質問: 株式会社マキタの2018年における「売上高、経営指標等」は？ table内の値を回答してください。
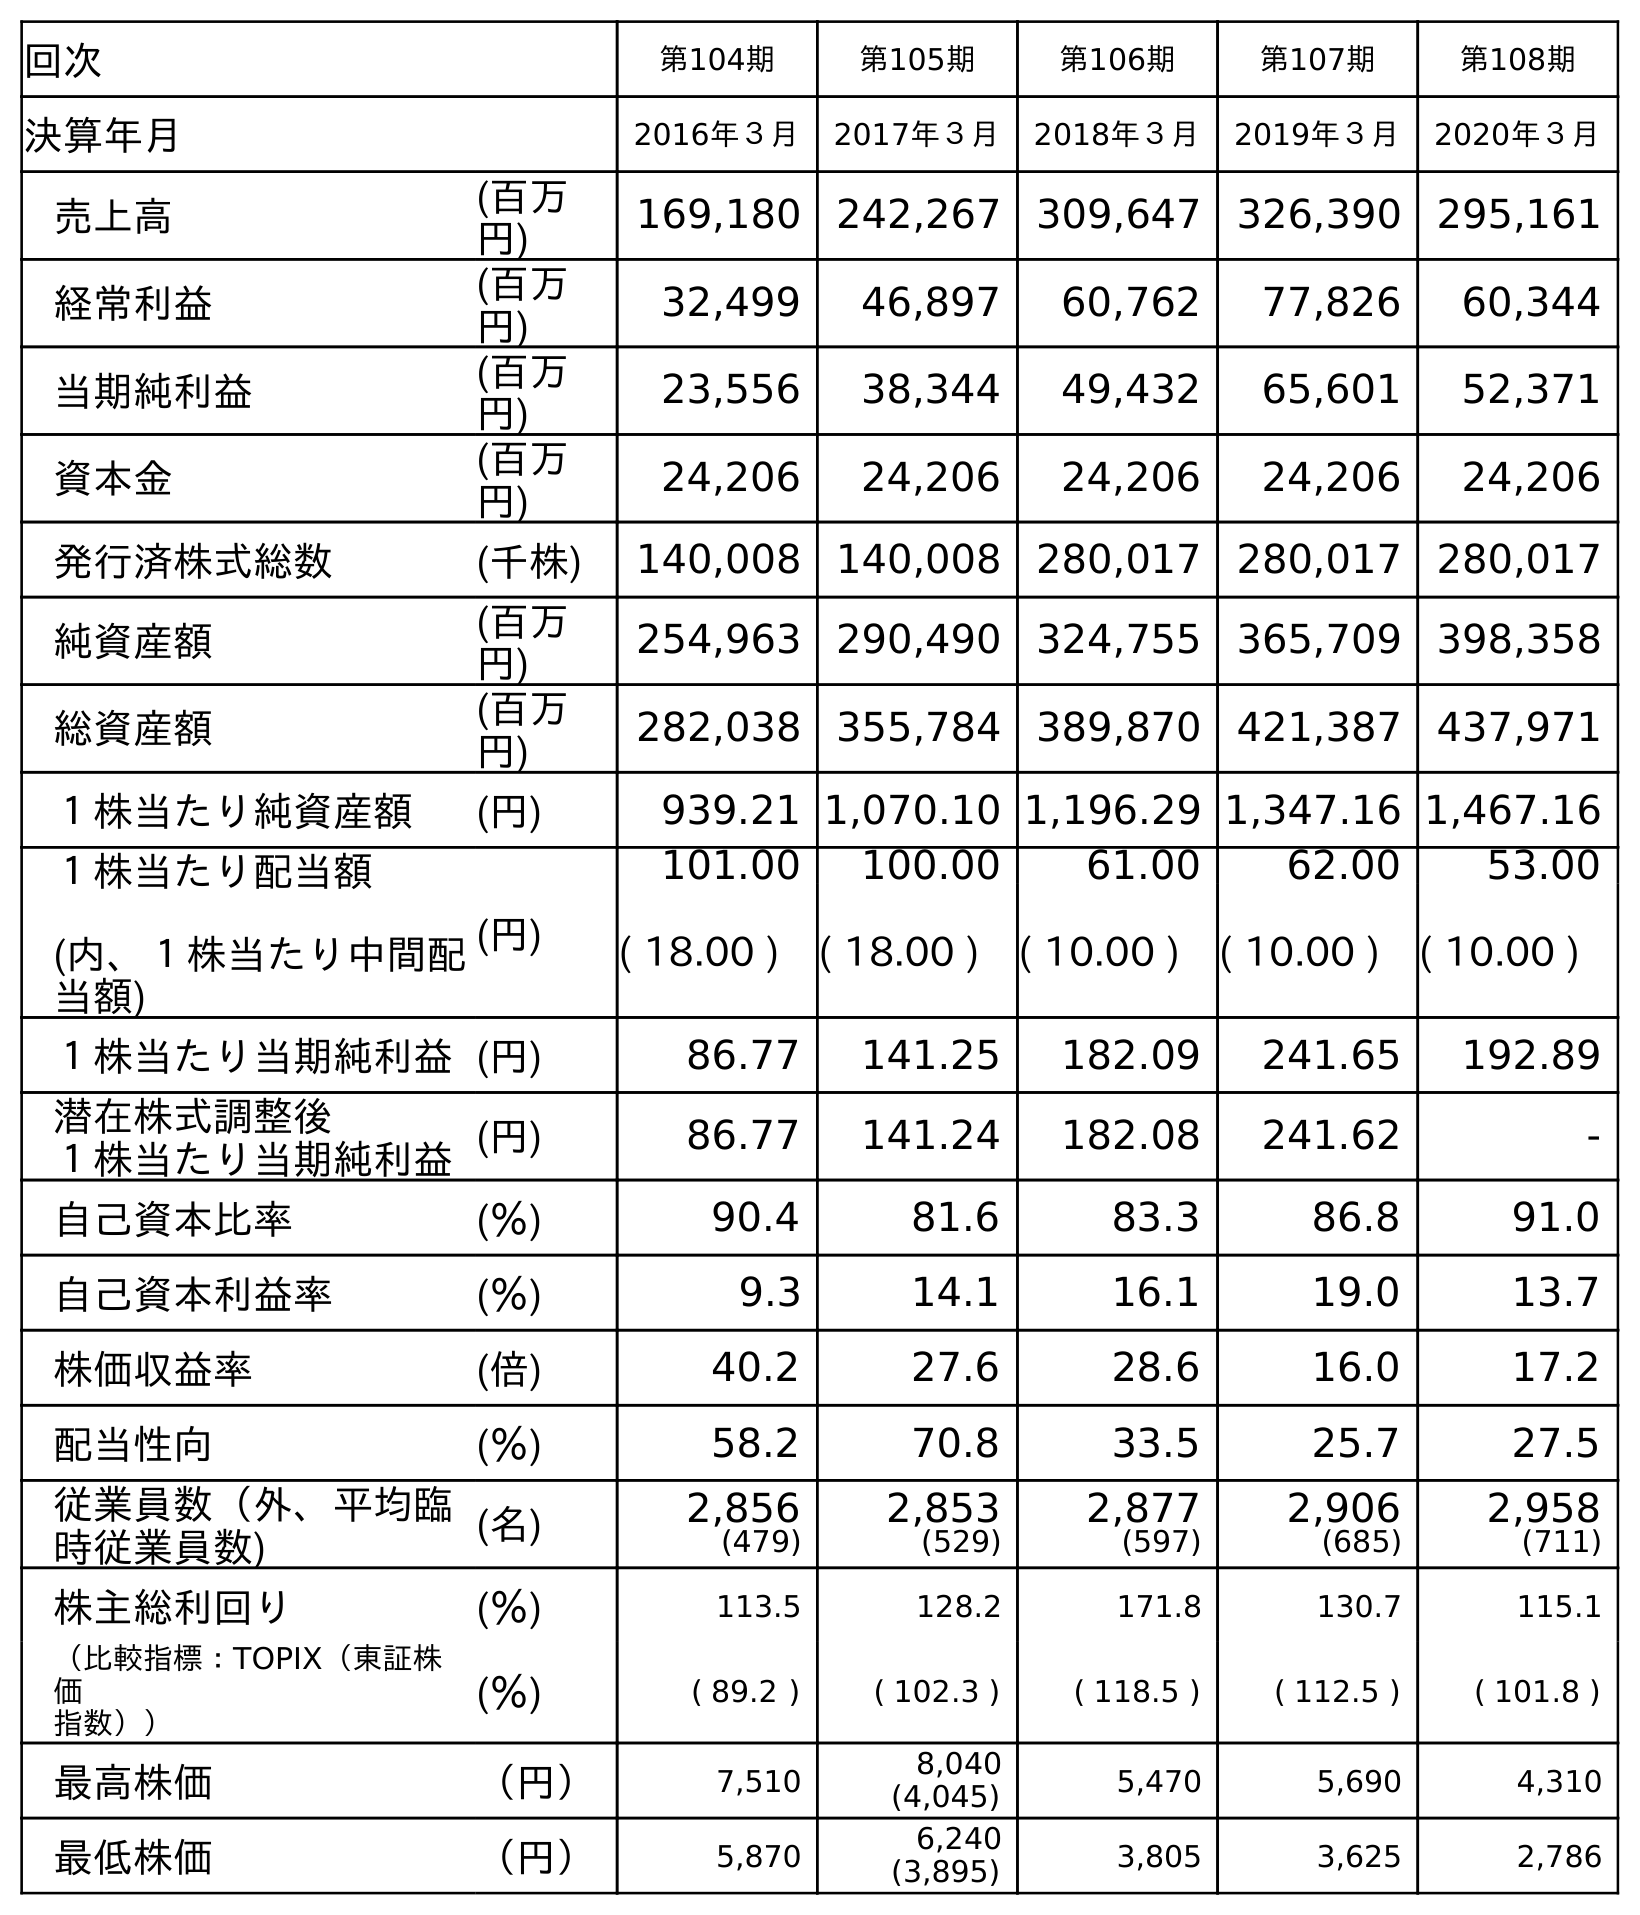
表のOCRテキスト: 回次 第104期 第105期 第106期 第107期 第108期 決算年月 2016年３月 2017年３月 2018年３月 2019年３月 2020年３月 売上高 (百万 円) 169,180 242,267 309,647 326,390 295,161 経常利益 (百万 円) 32,499 46,897 60,762 77,826 60,344 当期純利益 (百万 円) 23,556 38,344 49,432 65,601 52,371 資本金 (百万 円) 24,206 24,206 24,206 24,206 24,206 発行済株式総数 (千株) 140,008 140,008 280,017 280,017 280,017 純資産額 (百万 円) 254,963 290,490 324,755 365,709 398,358 総資産額 (百万 円) 282,038 355,784 389,870 421,387 437,971 １株当たり純資産額 (円) 939.21 1,070.10 1,196.29 1,347.16 1,467.16 １株当たり配当額 (内、１株当たり中間配 当額) (円) 101.00 100.00 61.00 62.00 53.00 ( 18.00 ) ( 18.00 ) ( 10.00 ) ( 10.00 ) ( 10.00 ) １株当たり当期純利益(円) 86.77 141.25 182.09 241.65 192.89 潜在株式調整後 １株当たり当期純利益(円) 86.77 141.24 182.08 241.62 - 自己資本比率 (％) 90.4 81.6 83.3 86.8 91.0 自己資本利益率 (％) 9.3 14.1 16.1 19.0 13.7 株価収益率 (倍) 40.2 27.6 28.6 16.0 17.2 配当性向 (％) 58.2 70.8 33.5 25.7 27.5 従業員数（外、平均臨 時従業員数) (名) 2,856 (479) 2,853 (529) 2,877 (597) 2,906 (685) 2,958 (711) 株主総利回り (％) 113.5 128.2 171.8 130.7 115.1 （比較指標：TOPIX（東証株 価 指数）） (％) ( 89.2 ) ( 102.3 ) ( 118.5 ) ( 112.5 ) ( 101.8 ) 最高株価 （円） 7,510 8,040 (4,045) 5,470 5,690 4,310 最低株価 （円） 5,870 6,240 (3,895) 3,805 3,625 2,786
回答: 309,647